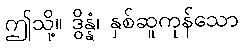
ဤသို့။ ဒွိန္နံ၊ နှစ်ဆူကုန်သော